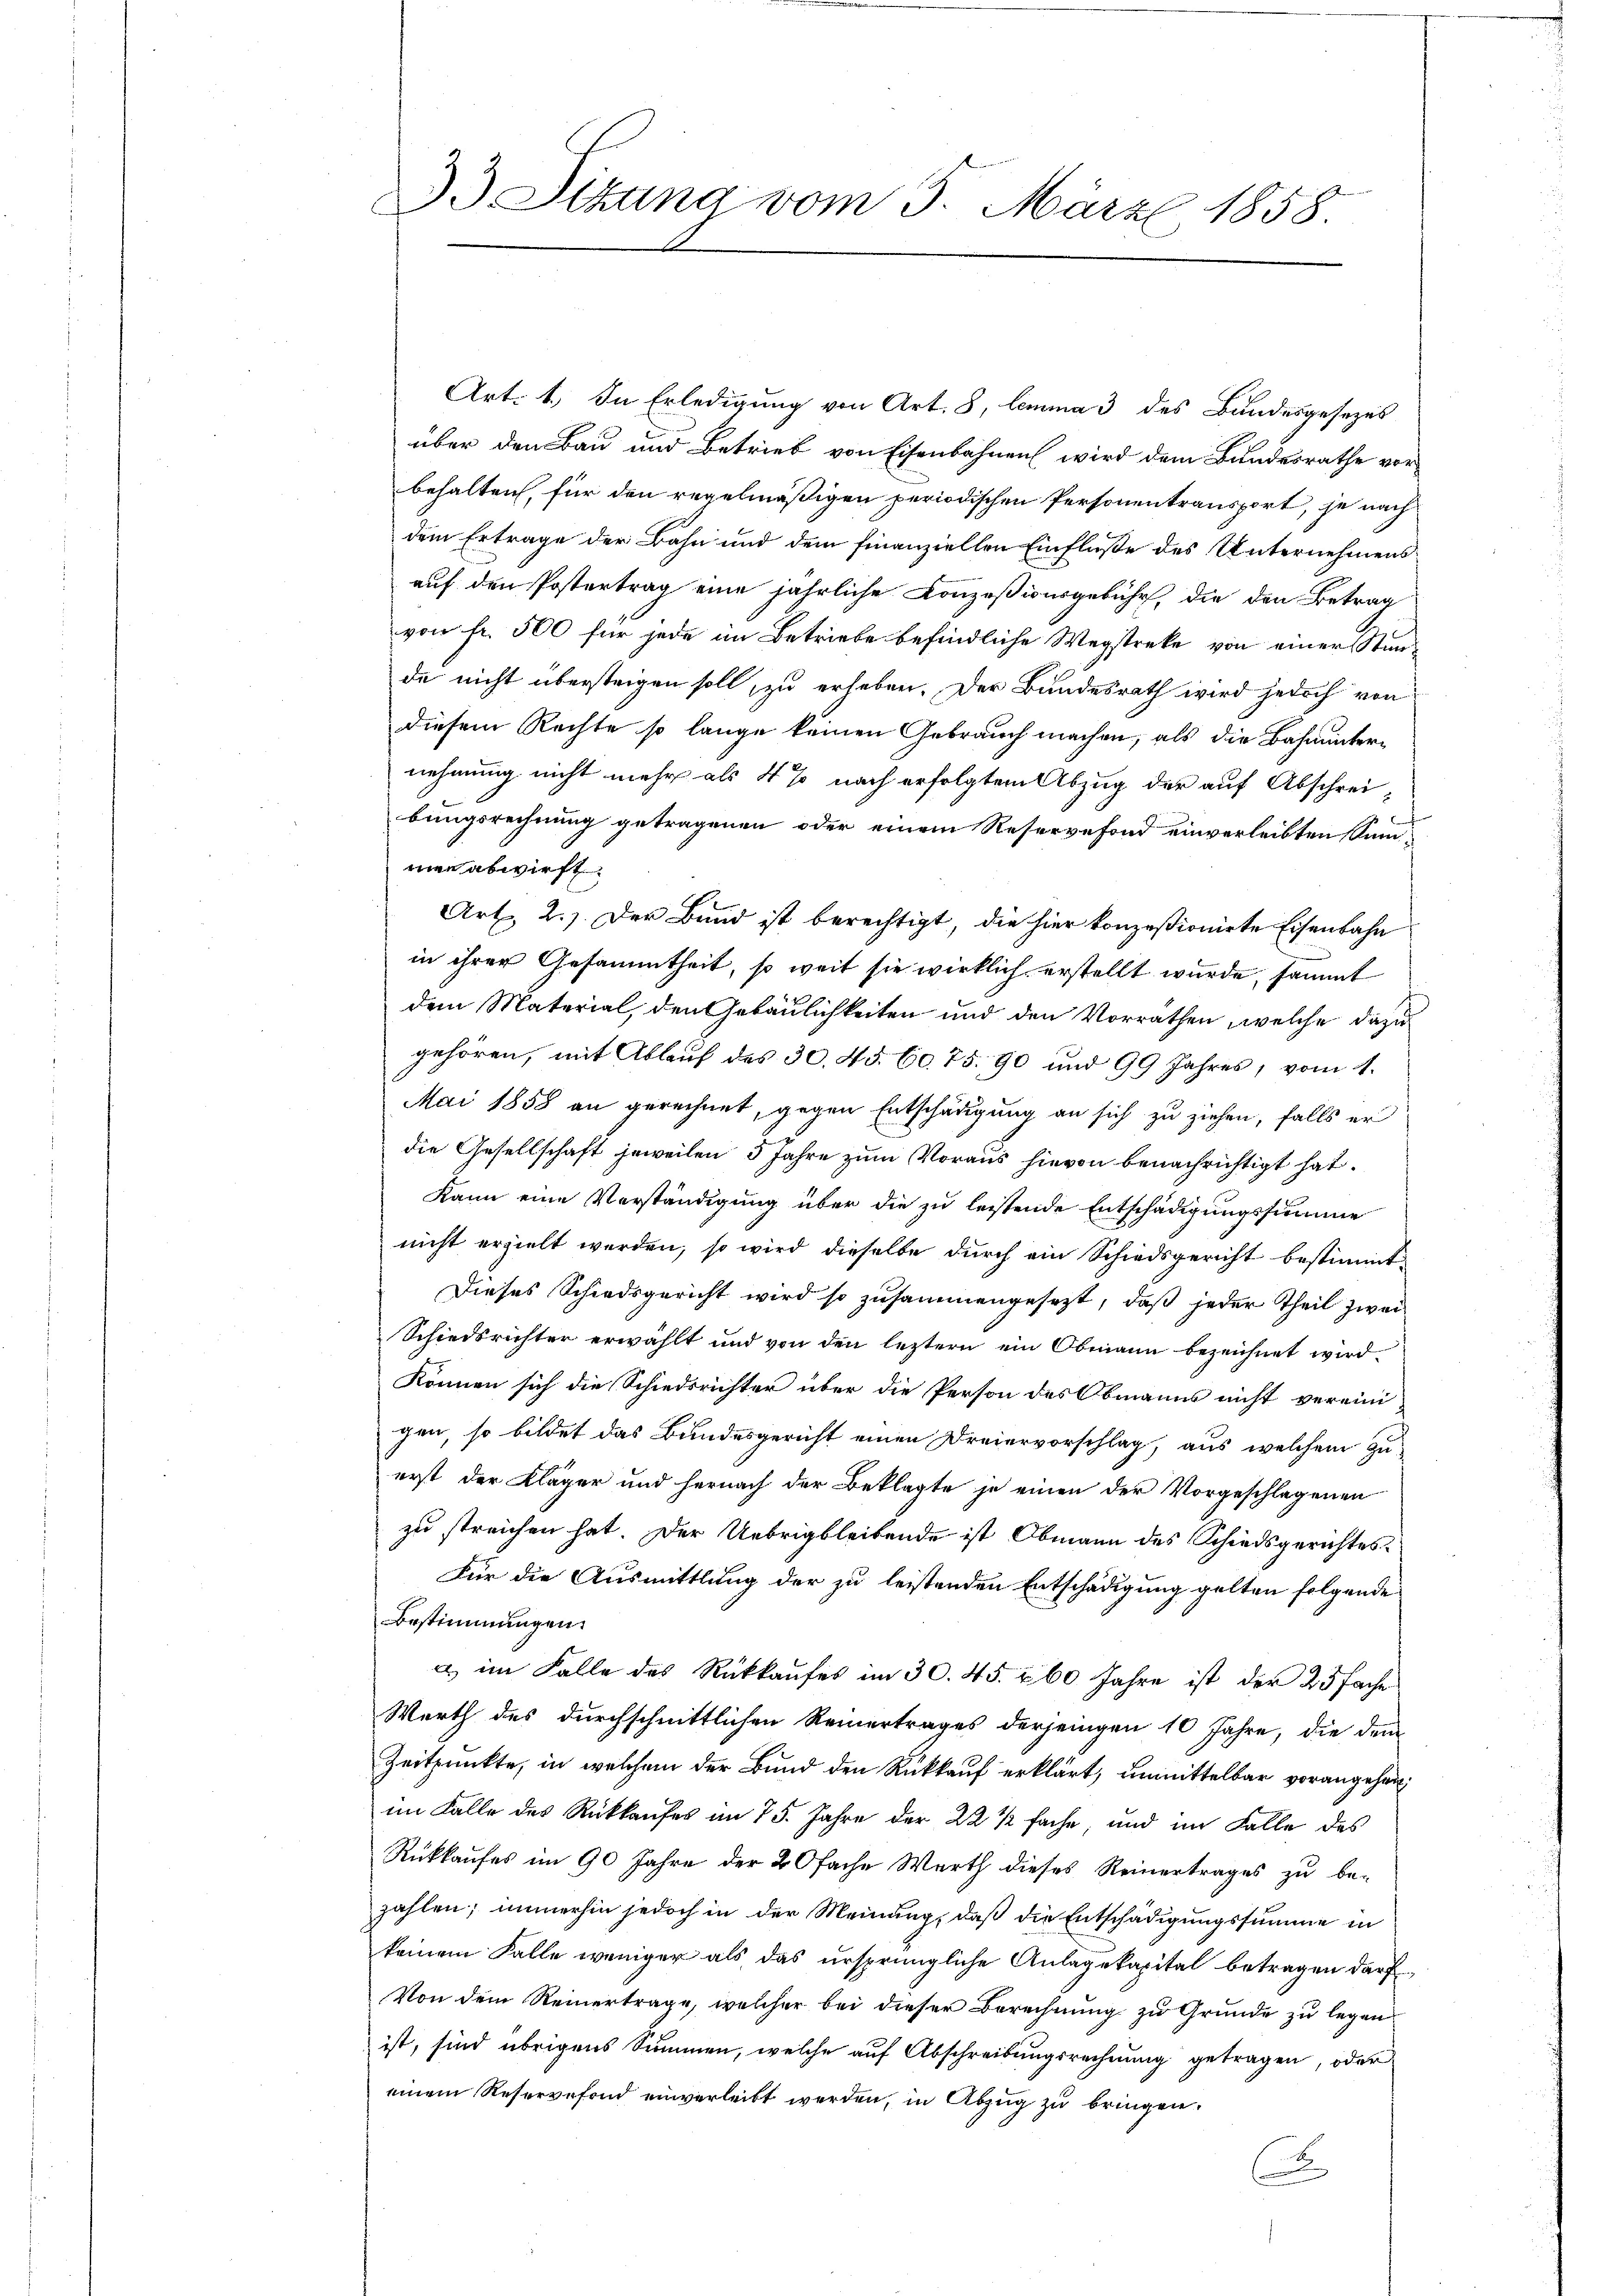
33. Situng vom 5. März 1858

Art: 1.) In Erledigung von Art. 8, lemma 3 des Bundesgesezes
über den Bau und Betrieb von Eisenbahnen wird dem Bundesrathe vorbehalten, für den regelmäßigen periodischen Personentransport, je nach
dem Ertrage der Bahn und dem finanziellen Einfluße des Unternehmens
auf den Postertrag eine jährliche Conzeßionsgebühr, die den Betrag
von fr. 500 für jede im Betriebe befindliche Wegstreke von einer Stunde nicht übersteigen soll, zu erheben. Der Bundesrath wird jedoch von
diesem Rechte so lange keinen Gebrauch machen, als die Bahnunternehmung nicht mehr als 4 % nach erfolgtem Abzug der auf Abschrei-
Be
bungsrechnung getragenen oder einem Reservefond einverleibten Summen abwirft.
Art. 2.) Der Bund ist berechtigt, die hier konzesionirte Eisenbahn
in ihrer Gesammtheit, so weit sie wirklich erstellt wurde, sammt
dem Material, den Gebäulichkeiten und den Vorrathen, welche dazu
gehören, mit Ablauf des 30. 45. 60. 75. 90 und 99 Jahres, vom 4.
Mai 1858 an gerechnet, gegen Entschädigung an sich zu ziehen, falls er
die Gesellschaft jeweilen 5 Jahre zum Voraus hievon benachrichtigt hat.
Kann eine Verständigung über die zu leistende Entschädigungssumme
nicht erzielt werden, so wird dieselbe durch ein Schiedsgericht bestimmt
Dieses Schiedsgericht wird so zusammengesezt, daß jeder Theil zwei
Schiedsrichter erwählt und von den leztern ein Obmann bezeichnet wird.
können sich die Schiedsrichter über die Person des Obmanns nicht vereini-
gen, so bildet das Bundesgericht einen Dreiervorschlag, aus welchem zu
erst der Kläger und hernach der Beklagte je einen der Vorgeschlagenen
zu streichen hat. Der Uebrig bleibende ist Obmann des Schiedsgerichtes
Für die Ausmittlung der zu leistenden Entschädigung gelten folgende
Bestimmungen.
a im Falle des Rückkaufes im 30. 45. 260 Jahre ist der 25 fache
Werth des durchschnittlichen Reinertrages derjenigen 10 Jahre, die dem
Zeitpunkte, in welchem der Bund den Rückkauf erklärt, unmittelbar vorangehör
im Falle des Rückkaufes im 75. Jahre der 22 1/2 fache, und im Falle des
Rückkaufes im 90 Jahre der 20fache Werth dieses Reinertrages zu be-
zahlen; immerhin jedoch in der Meinung, daß die Entschädigungssumme in
keinem Falle weniger als das ursprüngliche Anlagekapital betragen darf
Von dem Reinertrage, welcher bei dieser Berechnung zu Grunde zu legen
ist, sind übrigens Summen, welche auf Abschreibungsrechnung getragen, oder
einem Reservefond einverleibt werden, in Abzug zu bringen.
s